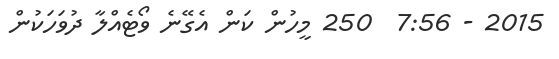
2015 - 7:56  250 މީހުން ކަން އެގޭނެ ވޯޓެއްލާ ދުވަހަކުން